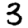
Digit: 3